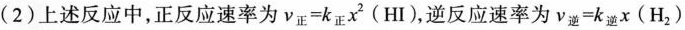
(2)上述反应中，正反应速率为ν_{正}=k_{正}x^{2}(HI)，逆反应速率为ν_{逆}=k_{逆}x(H_{2})